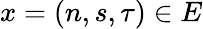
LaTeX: x=(n,s,\tau)\in E